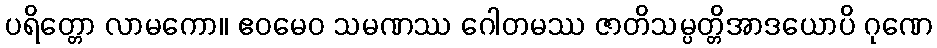
ပရိတ္တော လာမကော။ ဧဝမေဝ သမဏဿ ဂေါတမဿ ဇာတိသမ္ပတ္တိအာဒယောပိ ဂုဏေ